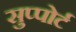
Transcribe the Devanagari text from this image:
सुप्पोर्ट